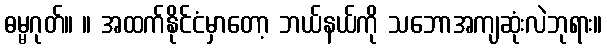
ဓမ္မဂုတ်။ ။ အထက်နိုင်ငံမှာတော့ ဘယ်နယ်ကို သဘောအကျဆုံးလဲဘုရား။